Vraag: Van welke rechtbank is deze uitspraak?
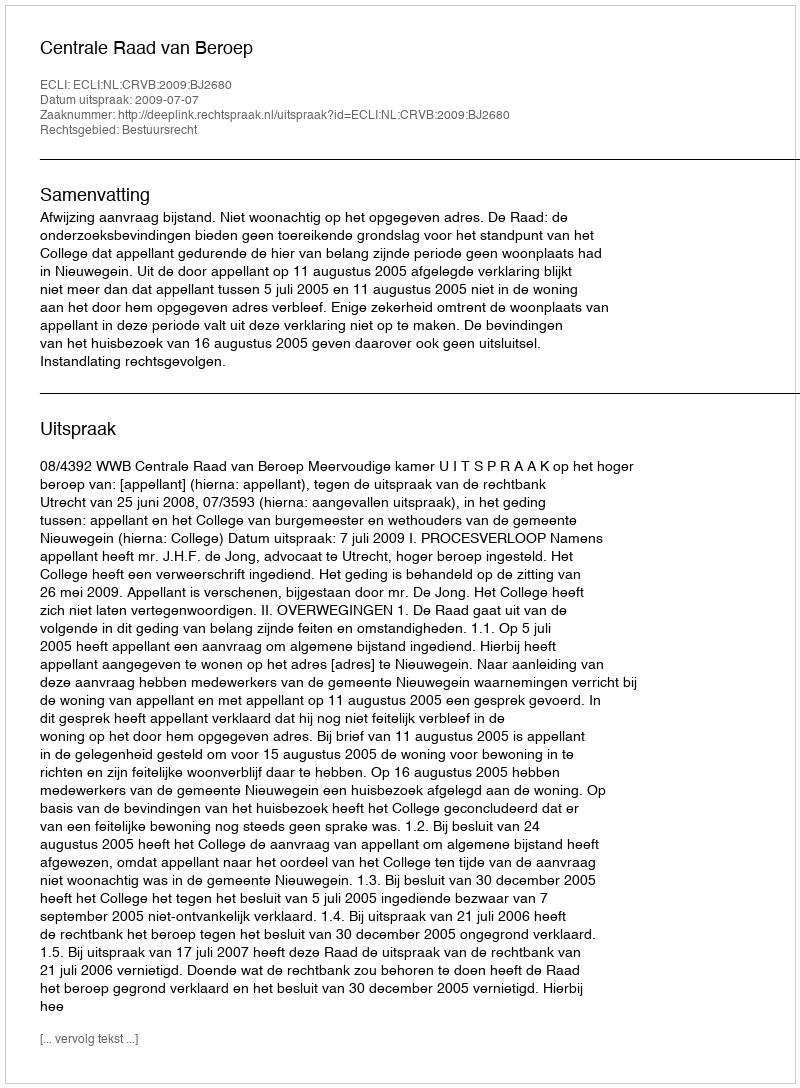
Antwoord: Centrale Raad van Beroep